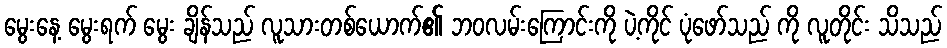
မွေးနေ့ မွေးရက် မွေး ချိန်သည် လူသားတစ်ယောက်၏ ဘဝလမ်းကြောင်းကို ပဲ့ကိုင် ပုံဖော်သည် ကို လူတိုင်း သိသည်